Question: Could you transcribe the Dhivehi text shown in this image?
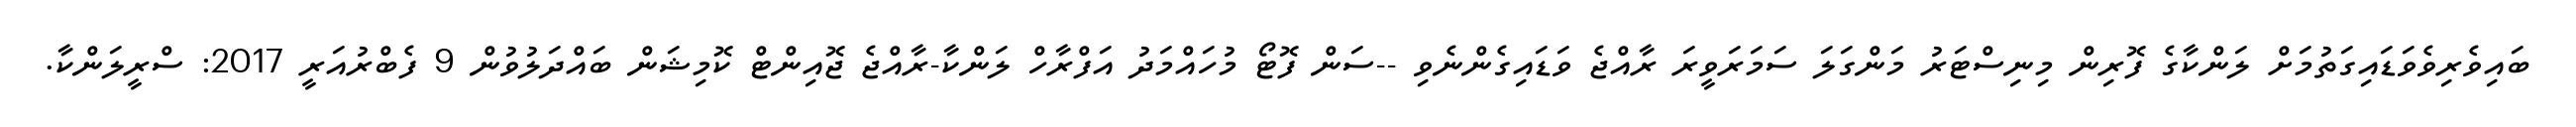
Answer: ބައިވެރިވެވަޑައިގަތުމަށް ލަންކާގެ ފޮރިން މިނިސްޓަރު މަންގަލަ ސަމަރަވީރަ ރާއްޖެ ވަޑައިގެންނެވި --ސަން ފޮޓޯ މުހައްމަދު އަފްރާހް ލަންކާ-ރާއްޖެ ޖޮއިންޓް ކޮމިޝަން ބައްދަލުވުން 9 ފެބްރުއަރީ 2017: ސްރީލަންކާ.